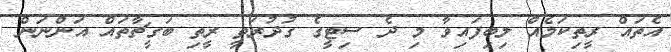
އެތައް ރީތިކަމެއް ލިބިފައިވާ މި ދެ ސިޓީގެ ގުދުރަތީ ރީތި ބަގީޗާތައް އަންނަން